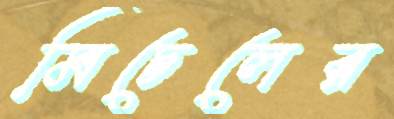
মিচেলের